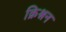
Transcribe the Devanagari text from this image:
क्रिश्नन